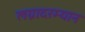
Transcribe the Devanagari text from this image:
लग्नादरम्यान